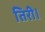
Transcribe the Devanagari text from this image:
तिरी।